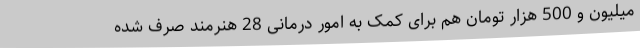
میلیون و 500 هزار تومان هم برای کمک به امور درمانی 28 هنرمند صرف شده